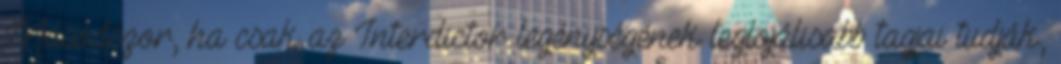
Másodszor, ha csak az Interdictor legénységének leglojálisabb tagjai tudják,